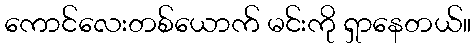
ကောင်လေးတစ်ယောက် မင်းကို ရှာနေတယ်။